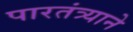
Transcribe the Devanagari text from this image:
पारतंत्र्याने